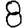
Digit: 8